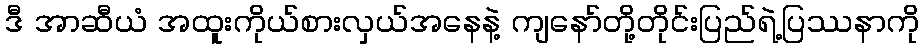
ဒီ အာဆီယံ အထူးကိုယ်စားလှယ်အနေနဲ့ ကျနော်တို့တိုင်းပြည်ရဲ့ပြဿနာကို